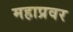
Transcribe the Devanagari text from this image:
महाप्रवर